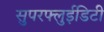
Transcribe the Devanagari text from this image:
सुपरफ्लुईडिटी